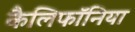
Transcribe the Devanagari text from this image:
कैलिफॉनिया